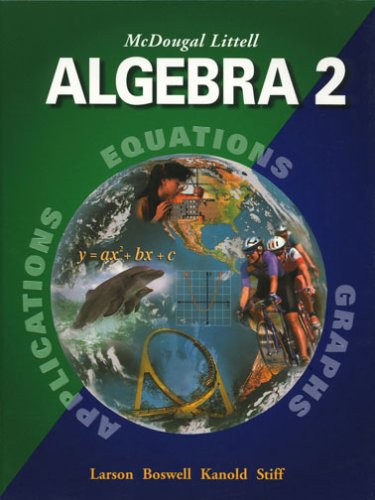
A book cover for McDougal Littell Algebra 2: Applications, Equations, Graphs; Ron Larson; Teen & Young Adult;